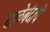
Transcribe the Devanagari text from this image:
ताळेबंदांचे